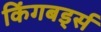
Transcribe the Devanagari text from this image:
किंगबर्ड्स